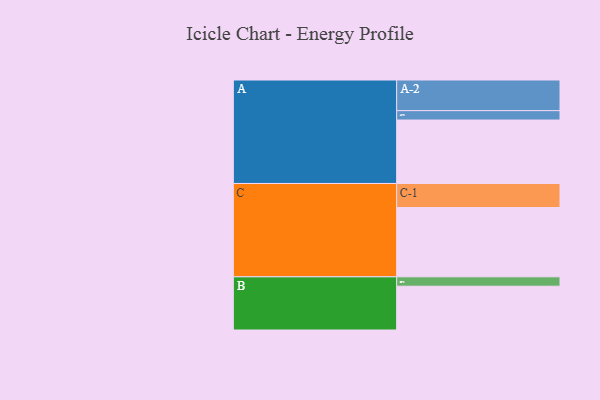
{"axis": {"x": "Segment", "y": "Value"}, "legend": ["", "A", "B", "C"], "data": [{"x": "A", "y": 507, "type": ""}, {"x": "B", "y": 350, "type": ""}, {"x": "C", "y": 554, "type": ""}, {"x": "A-1", "y": 75, "type": "A"}, {"x": "A-2", "y": 245, "type": "A"}, {"x": "B-1", "y": 75, "type": "B"}, {"x": "C-1", "y": 192, "type": "C"}]}